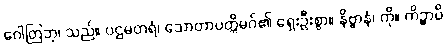
ဂေါတြဘု၊ သည်။ ပဌမတရံ၊ သောတာပတ္တိမဂ်၏ ရှေးဦးစွာ။ နိဗ္ဗာနံ၊ ကို။ ကိဉ္စာပိ